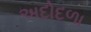
અદોદળા